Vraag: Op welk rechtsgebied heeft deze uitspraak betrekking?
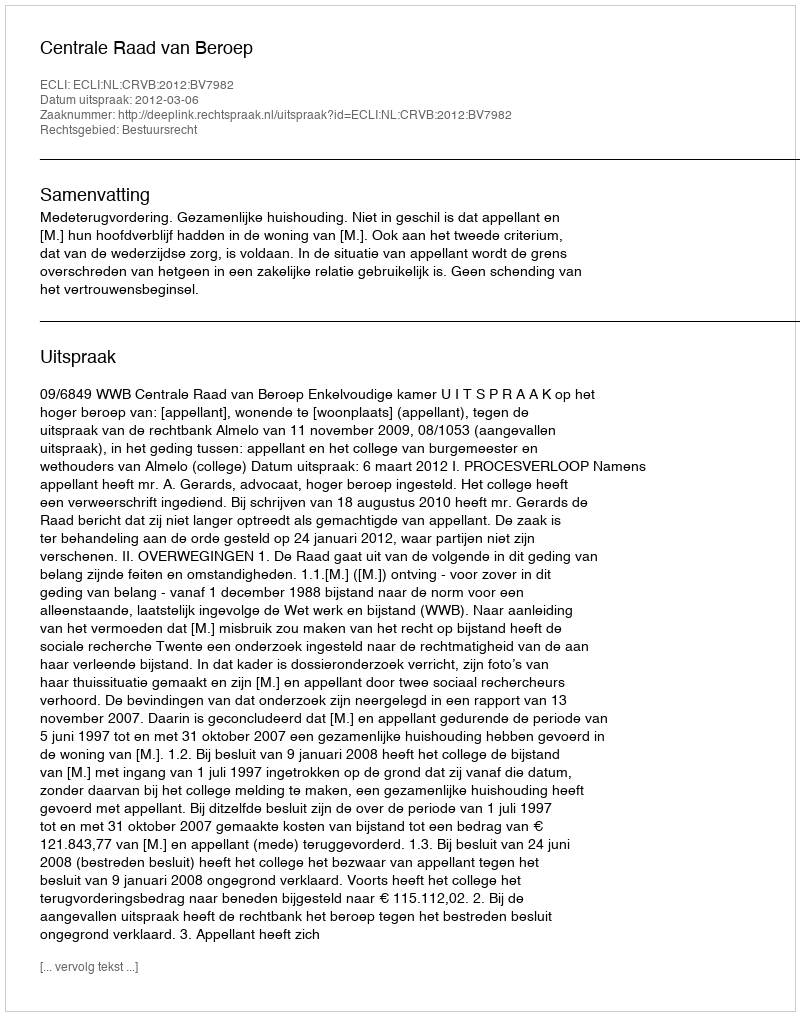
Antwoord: Bestuursrecht